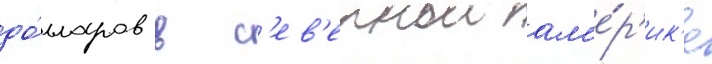
до́лларов в с'ев'ернои ам'е́р'ик'е